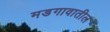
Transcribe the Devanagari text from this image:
मडगावातील